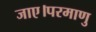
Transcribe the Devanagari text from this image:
जाए।परमाणु